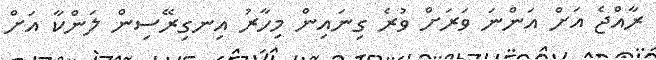
ރާއްޖެ އަށް އަންނަ ވަރަށް ވުރެ ގިނައިން މިހާރު އިނގިރޭސިން ލަންކާ އަށް